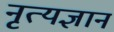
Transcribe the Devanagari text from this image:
नृत्यज्ञान